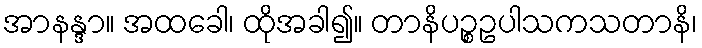
အာနန္ဒာ။ အထခေါ၊ ထိုအခါ၍။ တာနိပဉ္စဥပါသကသတာနိ၊